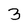
Character: 3